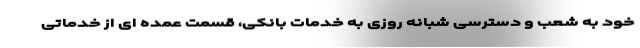
خود به شعب و دسترسی شبانه روزی به خدمات بانکی، قسمت عمده ای از خدماتی